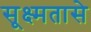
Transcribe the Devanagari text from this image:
सूक्ष्मतासे